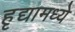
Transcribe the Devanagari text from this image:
हृद्यामध्ये